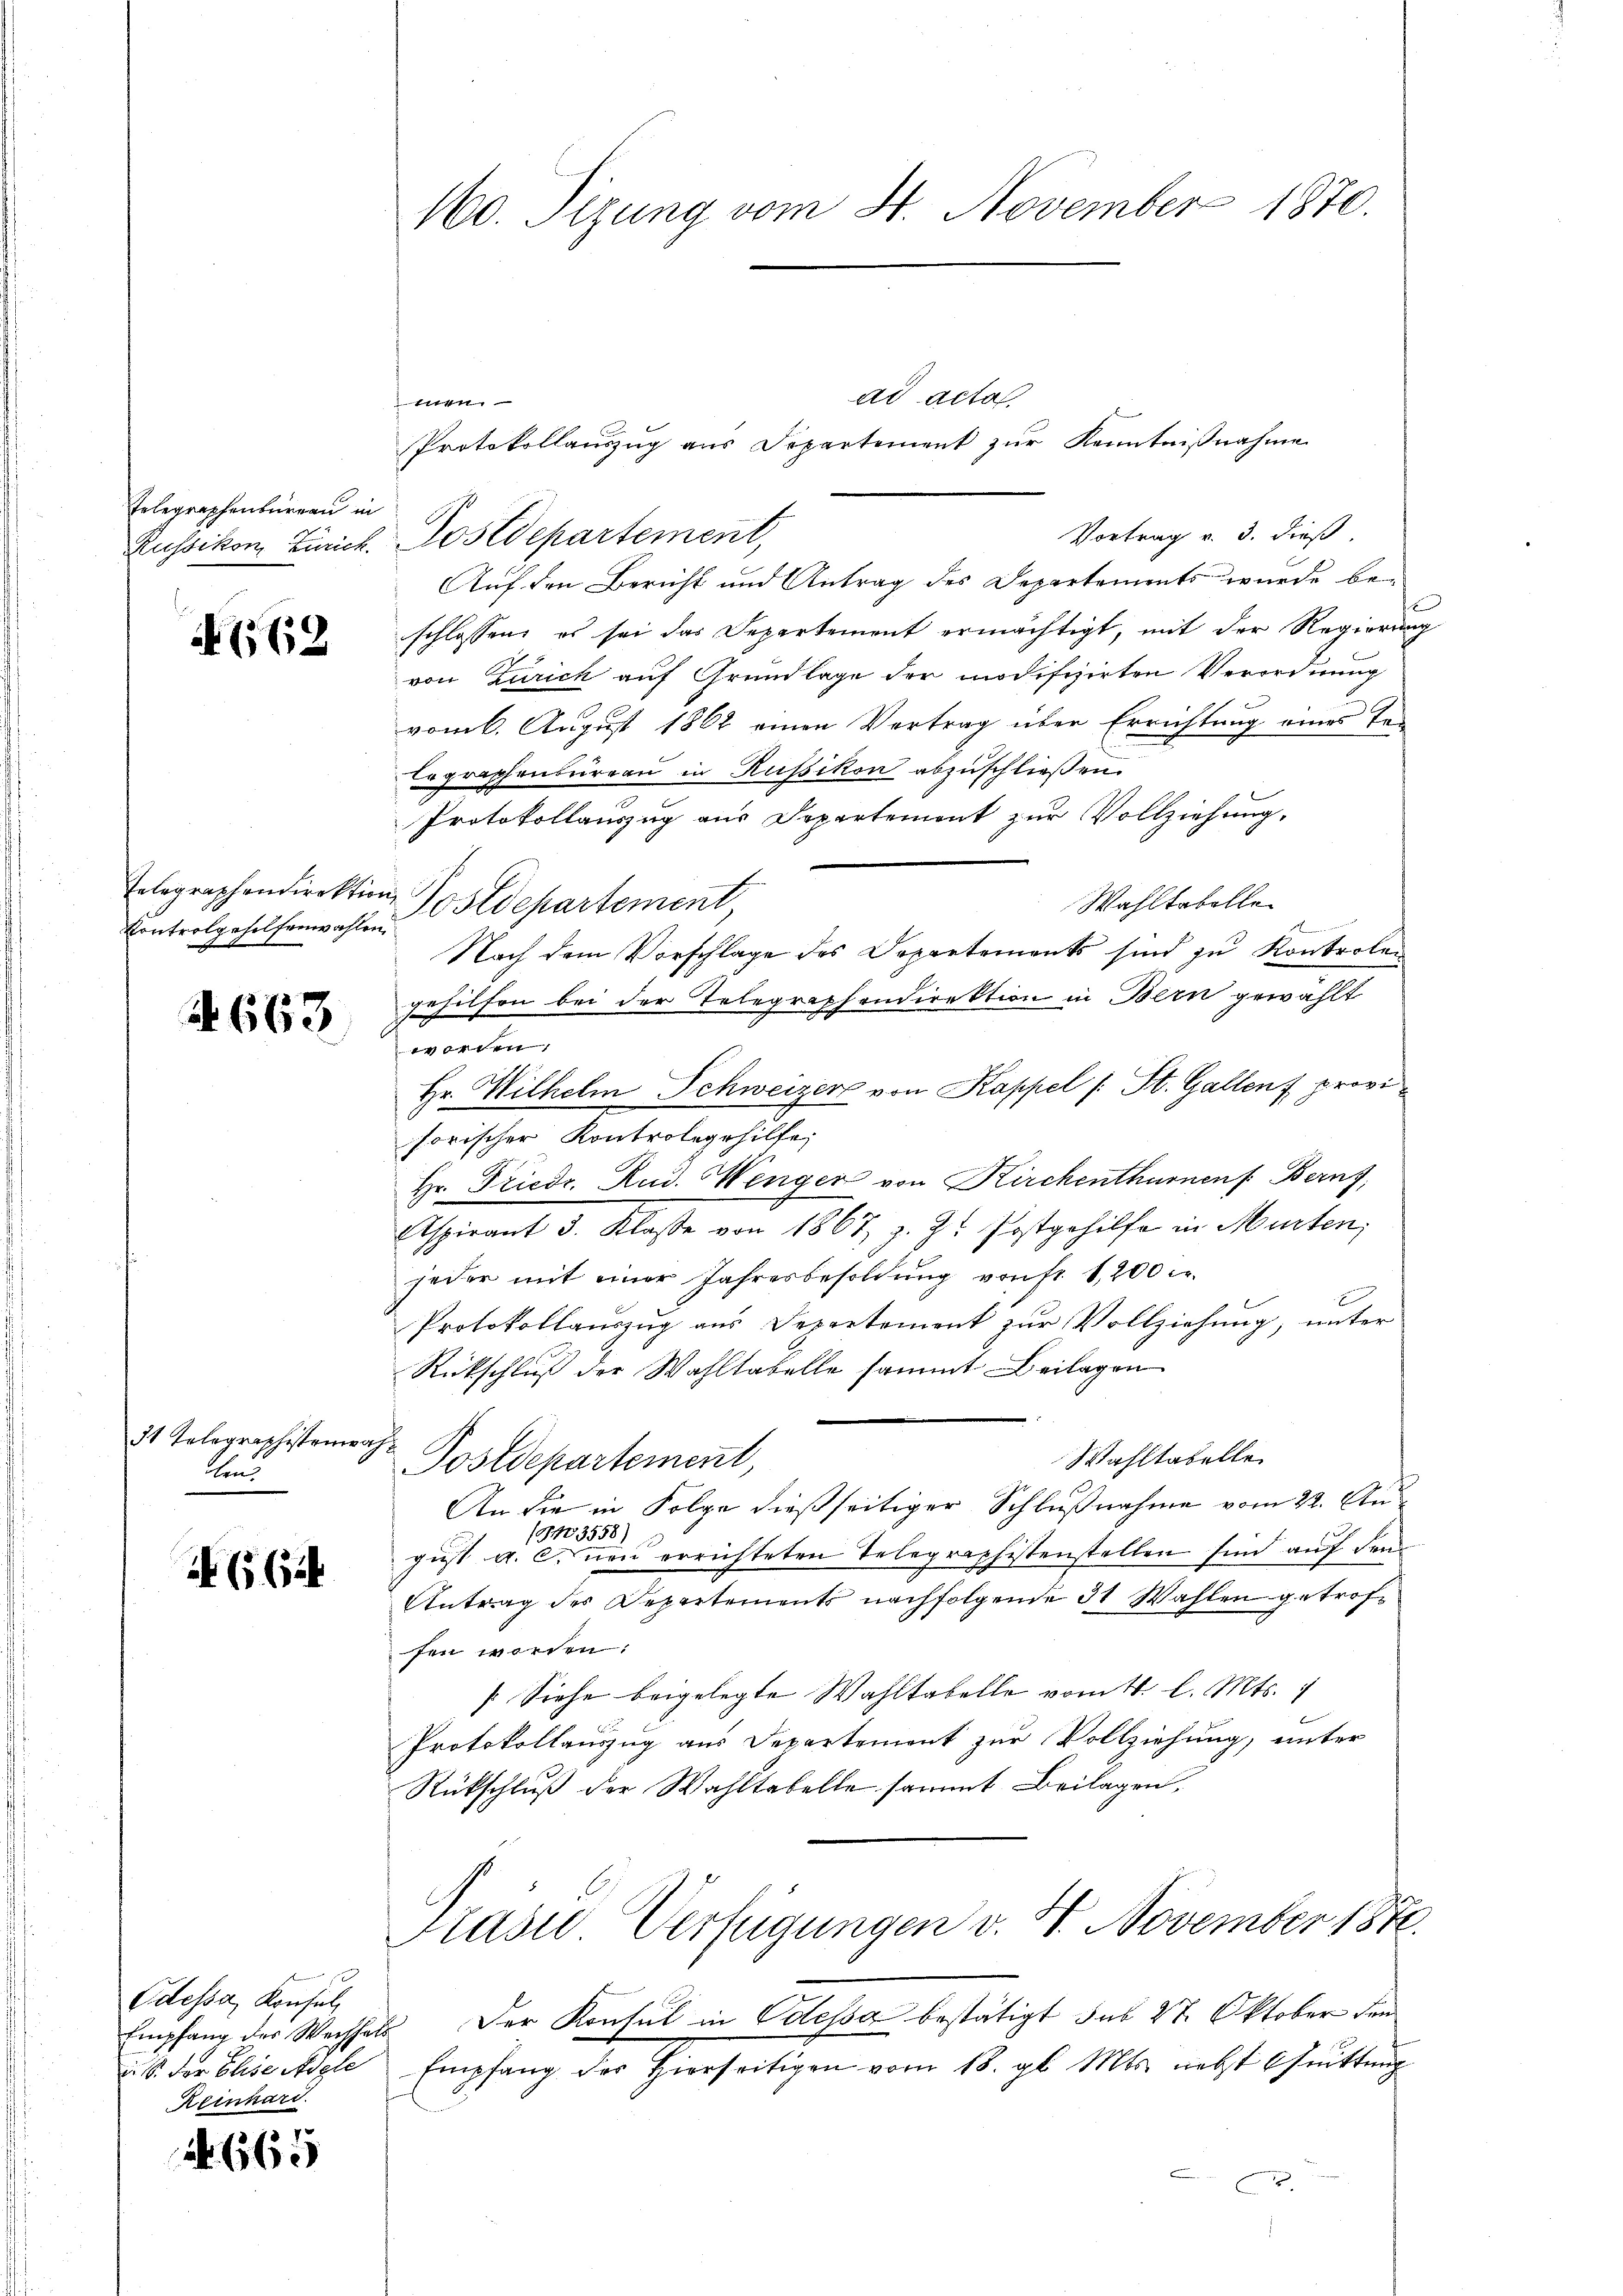
Telegraphenbureau in

N 662

Kontrolgehilfenwahlen.

663.

3t Telegraphisten
len.

66

Odessa, Konsul,
i. S. der Elise Adele
Reinhard

A. 665

160. Sizung vom 4. November 1870.

ad acta.
men.
Vortrag v. 3. dieß.
Russikon, Zürich. Postdepartement,
Auf den Bericht und Antrag des Departements wurde be-
schlossen, es sei das Departement ermächtigt, mit der Regierung
von Zürich auf Grundlage der modifizirten Verordnung
vom 6. August 1862 einen Vortrag über Errichtung eines Telographenbureau in Russikon abzuschließen.
Protokollauszug aus Departement zur Vollziehung.
Wahltabelle
Nach dem Vorschlage des Departements sind zu Kontrolen
gehilfen bei der Telegraphendirektion in Bern gewählt
worden,
Hr. Wilhelm Schweizer von Kappel /: St. Gallen f provi
forischer Kontrolegehilfe,
Hr. Friedr. Rud. Wenger von Kirchenthurnen Bern,
Aspirant d. Klasse von 1867, z. Zt. Postgehilfe in Menten,
jeder mit einer Jahresbesoldŭng von fr. 1200
Protokollauszug aus Departement zur Vollziehung, unter
Rückschluß der Wahltabelle sammt Beilagen
ap
Wahltabelle
Postdepartement,
An die in Folge dießseitiger Schlußnahme vom 22. Au¬
/G103558)
gust a. c. neu errichteten Telegraphistenstellen sind auf dem
Antrag des Departements nachfolgende 31 Wahlen getroffen worden:
[Siehe beigelegte Wahltabelle vom 4. l. Mts. 1
Protokollauszug aus Departement zur Vollziehung, unter
Rückschluß der Wahltabelle sammt Beilagen,
Prasse Verfügungen v. 4. November 1870.
Empfang der Wechsels der Konsul in Odessa bestätigt das 27. Oktober den
Empfang des hierseitigen vom 18. gl. Mts. nebst Grittung

Telegraphendirektion Postdepartement

Protokollauszug aus Departement zur Kenntnißnahme